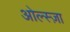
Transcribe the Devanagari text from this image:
ओल्स्ज़ा